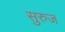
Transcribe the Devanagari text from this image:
सुरुज